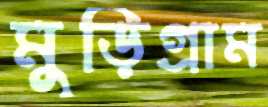
মুড়িগ্রাম